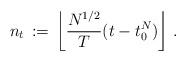
LaTeX: \begin{align*} n_t\, :=\, \left\lfloor \frac{N^{1/2}}{T}(t-t_0^N)\right\rfloor \, .\end{align*}